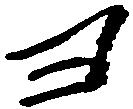
ヨ